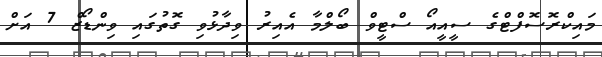
މައިކްރޮސޮފްޓްގެ ސީއީއޯ ސްޓީވް ބޯލްމާ އެއިރު ވިދާޅުވި ގޮތުގައި ވިންޑޯޒް 7 އަށް